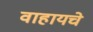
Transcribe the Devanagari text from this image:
वाहायचे